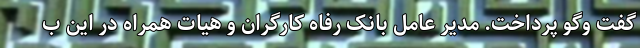
گفت وگو پرداخت. مدیر عامل بانک رفاه کارگران و هیات همراه در این ب